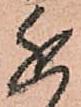
近